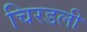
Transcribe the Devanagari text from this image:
चिरडली